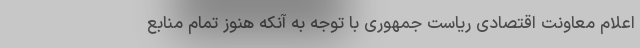
اعلام معاونت اقتصادی ریاست جمهوری با توجه به آنکه هنوز تمام منابع